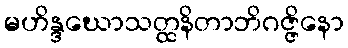
မဟိန္ဒဃောသတ္ထနိတာဘိဂဇ္ဇိနော